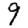
Digit: 9